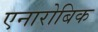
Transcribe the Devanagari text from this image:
एनारोबिक